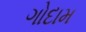
ગોદામ